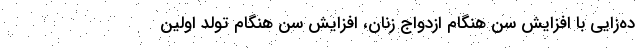
ده‌زایی با افزایش سن هنگام ازدواج زنان، افزایش سن هنگام تولد اولین